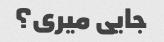
جایی میری؟